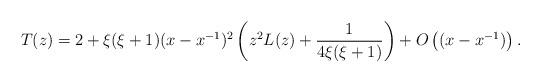
LaTeX: \begin{align*}T(z)=2+\xi(\xi+1)(x-x^{-1})^2\left(z^2 L(z)+{1\over 4\xi(\xi+1)}\right)+O\left((x-x^{-1})\right).\end{align*}